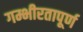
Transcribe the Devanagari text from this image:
गम्भीरतापूर्ण